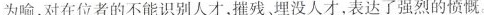
为喻，对在位者的不能识别人才，摧残、埋没人才，表达了强烈的愤慨。